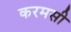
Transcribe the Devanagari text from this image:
करमसी